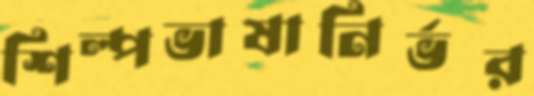
শিল্পভাষানির্ভর